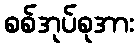
စစ်အုပ်စုအား